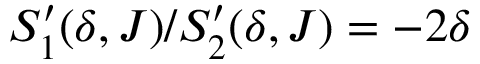
S _ { 1 } ^ { \prime } ( \delta , J ) / S _ { 2 } ^ { \prime } ( \delta , J ) = - 2 \delta